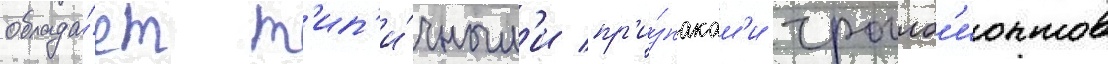
облада́ет т'ип'и́чным'и пр'и́знакам'и троглоб'ионтов